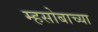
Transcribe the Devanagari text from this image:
म्हसोबाच्या